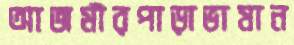
আজমীরপাড়াভাষান